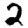
Digit: 2